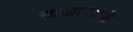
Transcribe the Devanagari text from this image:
नायालयाची